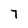
Character: 7